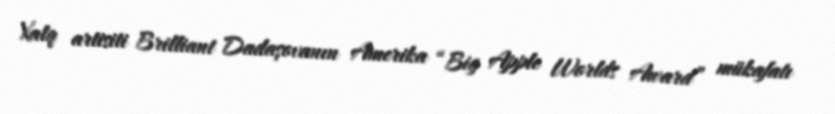
Xalq artisiti Brilliant Dadaşovanın Amerika “Big Apple Worlds Award” mükafatı